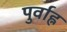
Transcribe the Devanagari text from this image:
पुर्वाह्न